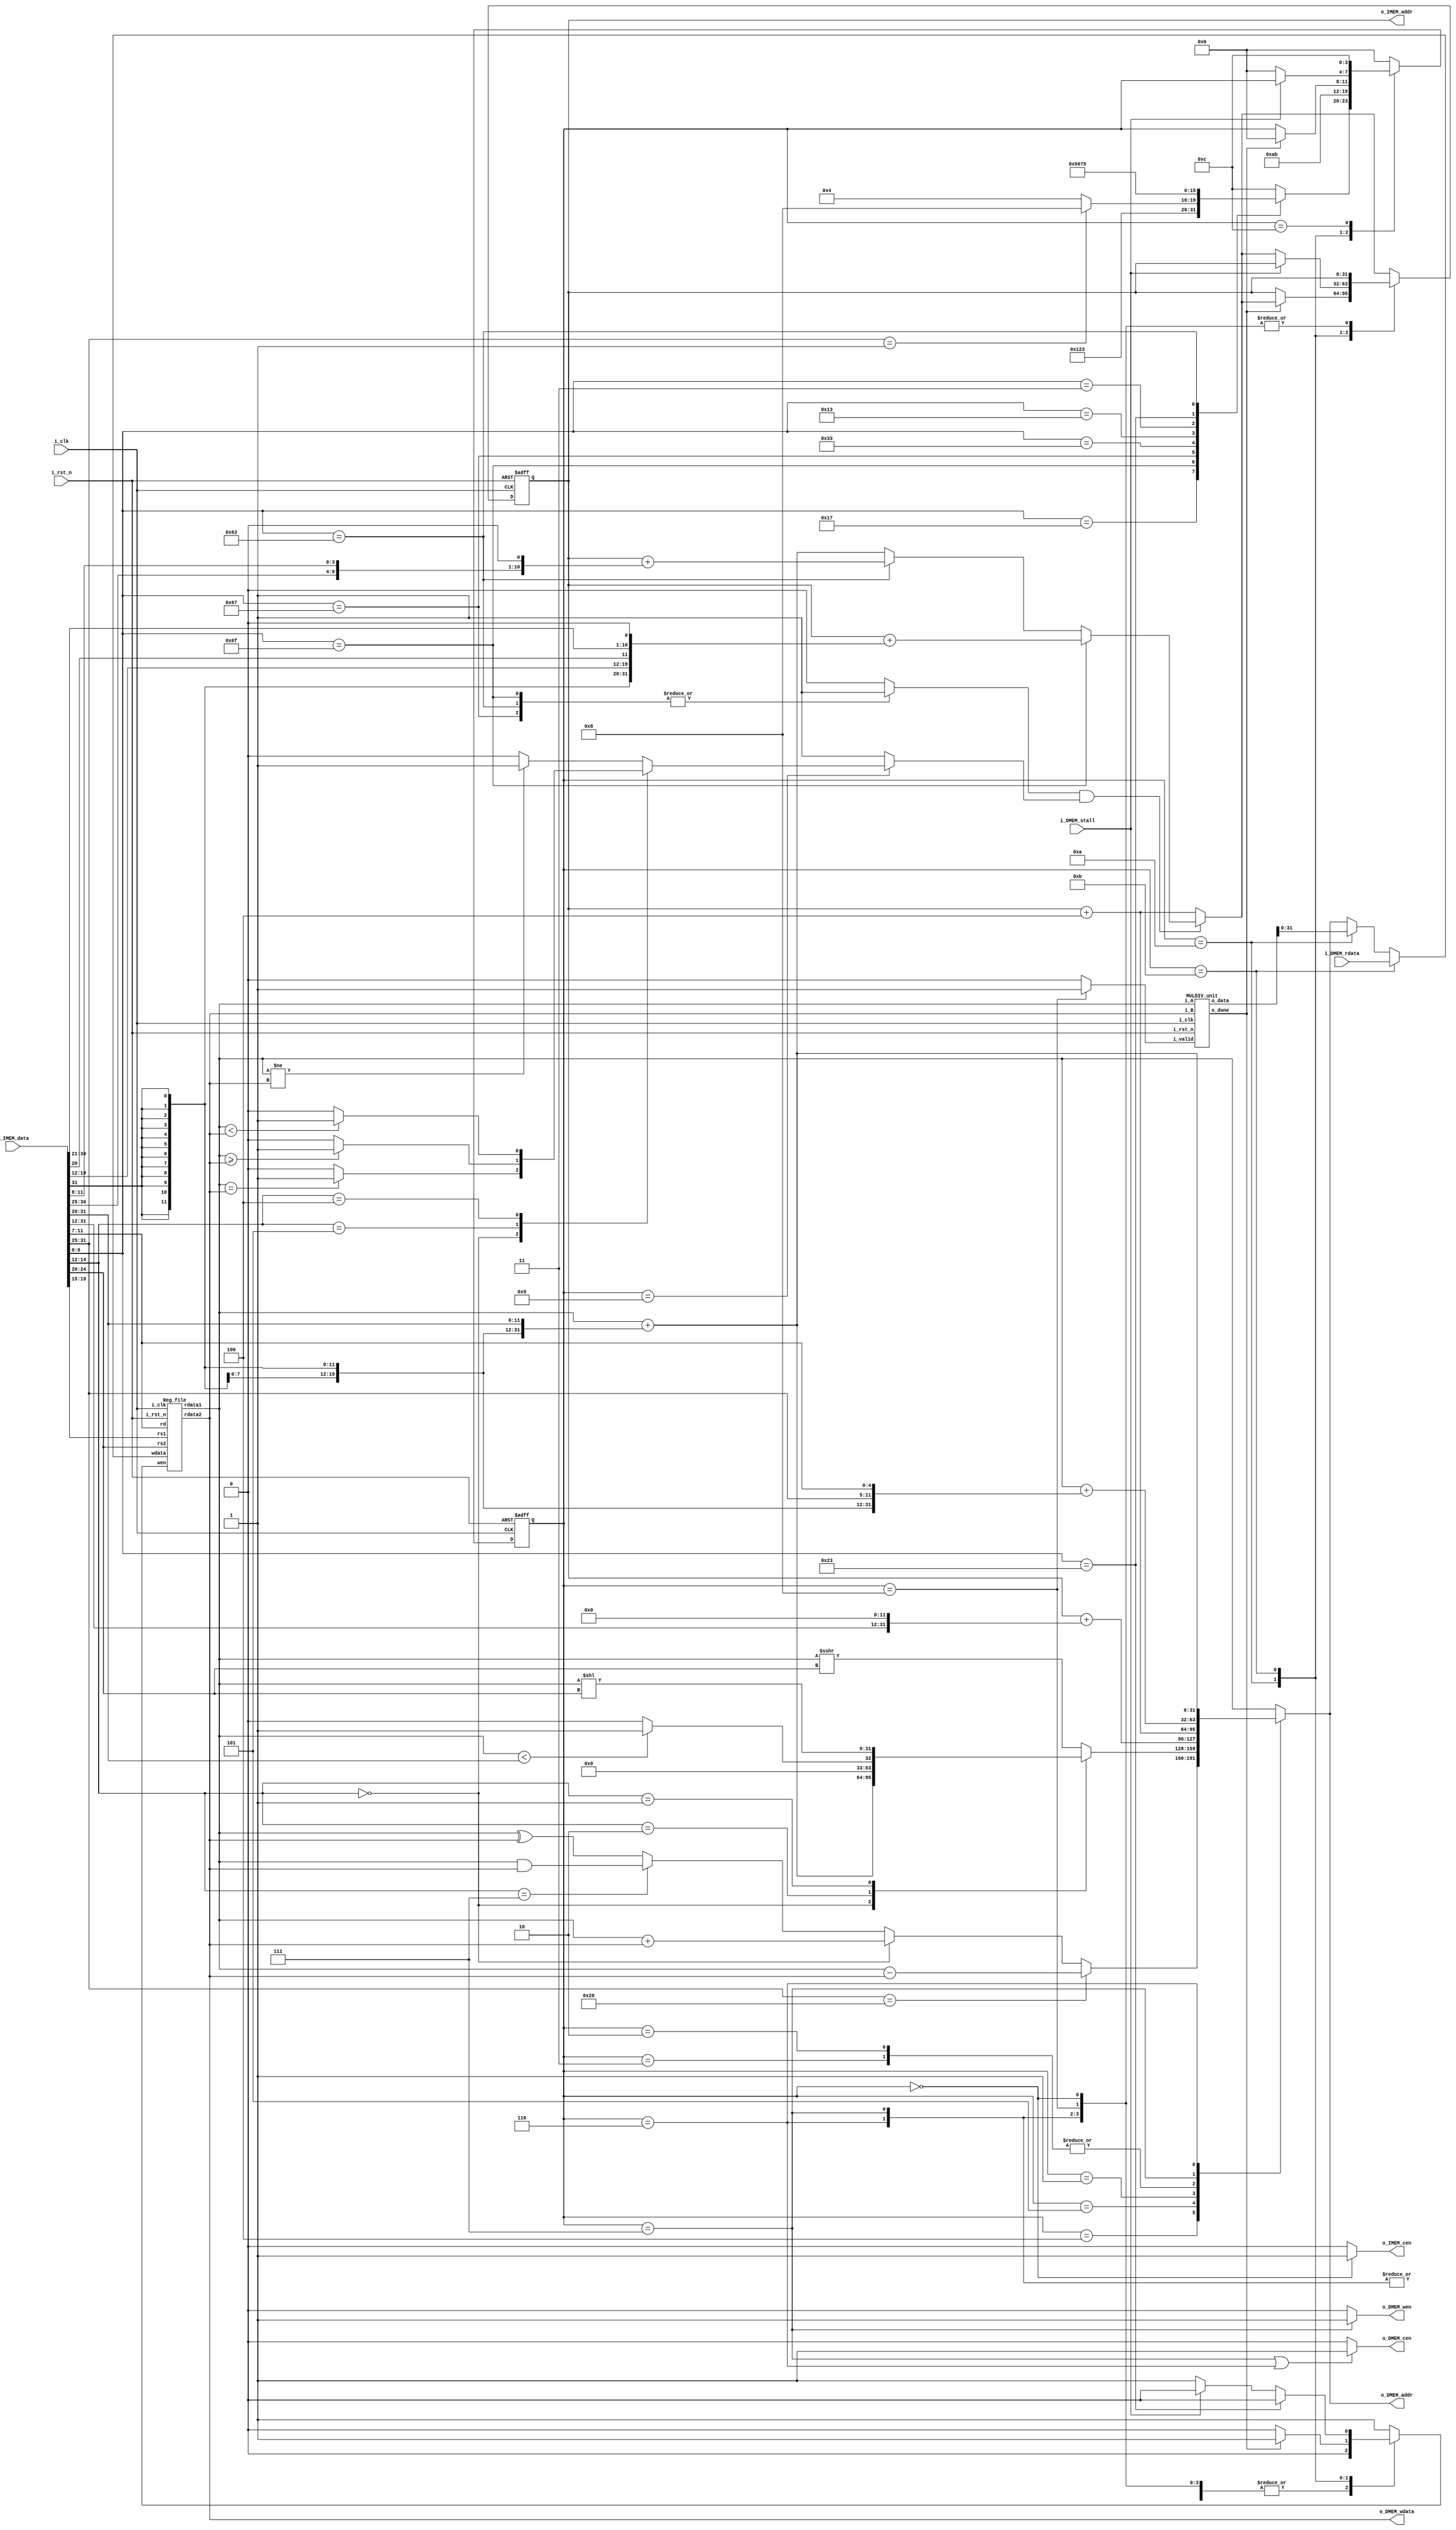
//----------------------------- DO NOT MODIFY THE I/O INTERFACE!! ------------------------------//M_stall
module CHIP #(                                                                                  //
    parameter BIT_W = 32                                                                        //
)(                                                                                              //
    // clock                                                                                    //
        input               i_clk,                                                              //
        input               i_rst_n,                                                            //
    // instruction memory                                                                       //
        input  [BIT_W-1:0]  i_IMEM_data,                                                        //
        output [BIT_W-1:0]  o_IMEM_addr,                                                        //
        output              o_IMEM_cen,                                                         //
    // data memory                                                                              //
        input               i_DMEM_stall,                                                       //
        input  [BIT_W-1:0]  i_DMEM_rdata,                                                       //
        output              o_DMEM_cen,                                                         //
        output              o_DMEM_wen,                                                         //
        output [BIT_W-1:0]  o_DMEM_addr,                                                        //
        output [BIT_W-1:0]  o_DMEM_wdata                                                        //
);                                                                                              //
//----------------------------- DO NOT MODIFY THE I/O INTERFACE!! ------------------------------//

// ------------------------------------------------------------------------------------------------------------------------------------------------------
// Parameters
// ------------------------------------------------------------------------------------------------------------------------------------------------------

    // TODO: any declaration
    parameter S_IDLE = 4'd0;
    parameter S_AUPIC = 4'd1;
    parameter S_JAL = 4'd2;
    parameter S_JALR = 4'd3;
    parameter S_ADD = 4'd4;
    parameter S_ADDI = 4'd5;
    parameter S_LW  = 4'd6;
    parameter S_SW  = 4'd7;
    parameter S_MUL = 4'd8;
    parameter S_BEQ = 4'd9;
    parameter S_WAIT_MUL = 4'd10;
    parameter S_WAIT_MEM = 4'd11;
    parameter S_NOP = 4'd12;
    
// ------------------------------------------------------------------------------------------------------------------------------------------------------
// Wires and Registers
// ------------------------------------------------------------------------------------------------------------------------------------------------------
    
    // TODO: any declaration
        reg [BIT_W-1:0] PC, next_PC, PC_imm;
        reg [3:0] state, next_state;        
        reg [BIT_W-1:0] ALU_out;
        reg Zero, Branch, Regwrite;
     
        wire o_done, i_valid;
        wire [64-1:0] o_data;
        wire [BIT_W-1:0] rdata1, rdata2;
        wire wen;
        wire [BIT_W-1:0] wdata;
        wire [4:0] rs1, rs2, rd;
        

// ------------------------------------------------------------------------------------------------------------------------------------------------------
// Continuous Assignment
// ------------------------------------------------------------------------------------------------------------------------------------------------------

    // TODO: any wire assignment
        assign o_IMEM_addr = PC;
        assign o_IMEM_cen = (state == S_IDLE) ? 1'b1 : 1'b0;
        assign i_valid = (state == S_MUL) ? 1'b1 : 1'b0;
        assign o_DMEM_cen = ((state == S_SW)||(state == S_LW)) ? 1'b1 : 1'b0;
        assign o_DMEM_wen = (state == S_SW) ? 1'b1 : 1'b0;
        assign o_DMEM_wdata = rdata2;
        assign o_DMEM_addr = ALU_out;
        assign wen = Regwrite;
        assign wdata = (state == S_WAIT_MEM) ? i_DMEM_rdata : (state == S_WAIT_MUL) ? o_data[31:0] : ALU_out;
        assign rs1 = i_IMEM_data[19:15];
        assign rs2 = i_IMEM_data[24:20];
        assign rd = i_IMEM_data[11:7];
// ------------------------------------------------------------------------------------------------------------------------------------------------------
// Submoddules
// ------------------------------------------------------------------------------------------------------------------------------------------------------

    // TODO: Reg_file wire connection
    Reg_file reg0(               
        .i_clk  (i_clk),             
        .i_rst_n(i_rst_n),         
        .wen    (wen),          
        .rs1    (rs1),                
        .rs2    (rs2),                
        .rd     (rd),                 
        .wdata  (wdata),             
        .rdata1 (rdata1),           
        .rdata2 (rdata2)
    );
    MULDIV_unit mul0(
        .i_clk  (i_clk),             
        .i_rst_n(i_rst_n), 
        .i_valid(i_valid),
        .i_A(rdata1),
        .i_B(rdata2),
        .o_data(o_data),
        .o_done(o_done)

    );

// ------------------------------------------------------------------------------------------------------------------------------------------------------
// Always Blocks
// ------------------------------------------------------------------------------------------------------------------------------------------------------
    
    // Todo: any combinational/sequential circuit

    //Branch
    always @(*) begin
        case (i_IMEM_data[6:0])
            7'b1101111, 7'b1100111, 7'b1100011: Branch = 1'b1;
            default: Branch = 1'b0;
        endcase
    end
    //Zero
    always @(*) begin
        if (state == S_BEQ) begin
            case (i_IMEM_data[14:12])
                3'b000: Zero = (rdata1 == rdata2) ? 1'b1 : 1'b0;//BEQ
                3'b101: Zero = ($signed(rdata1) >= $signed(rdata2)) ? 1'b1 : 1'b0;//BGE
                3'b100: Zero = ($signed(rdata1) < $signed(rdata2)) ? 1'b1 : 1'b0;//BLT
                default: Zero = ($signed(rdata1) != $signed(rdata2)) ? 1'b1 : 1'b0;//BNE
            endcase
        end
        else
            Zero = 1'b1; 
    end

    //PC_imm
    always @(*) begin
        if(i_IMEM_data[6:0] ==  7'b1101111) //JAL
            PC_imm = PC + {{11{i_IMEM_data[31]}},{i_IMEM_data[31],i_IMEM_data[19:12],i_IMEM_data[20],i_IMEM_data[30:21],1'b0}};
        else if(i_IMEM_data[6:0] ==  7'b1100011) //BEQ
            PC_imm = PC + {{19{i_IMEM_data[31]}},{i_IMEM_data[31],i_IMEM_data[7],i_IMEM_data[30:25],i_IMEM_data[11:8],1'b0}};       
        else //JALR
            PC_imm = rdata1 + {{20{i_IMEM_data[31]}},{i_IMEM_data[31:20]}};

    end

    //next_PC
    always @(*) begin
        case (state)
            S_WAIT_MUL: begin
                if(o_done)
                    next_PC = (Branch & Zero) ? PC_imm : (PC + 32'd4);
                else
                    next_PC = PC;
            end
            S_WAIT_MEM: begin
                if(i_DMEM_stall)
                    next_PC = PC;
                else
                    next_PC = (Branch & Zero) ? PC_imm : (PC + 32'd4);
            end
            S_IDLE, S_MUL, S_LW, S_SW: next_PC = PC;
            default: next_PC = (Branch & Zero) ? PC_imm : (PC + 32'd4);
        endcase     
    end

    //ALU_out
    always @(*) begin
        case (state)
            S_ADD: begin
                if(i_IMEM_data[31:25] == 7'b0100000)//SUB
                    ALU_out = rdata1 - rdata2;
                else begin
                    if(i_IMEM_data[14:12] == 3'b000)//ADD
                        ALU_out = rdata1 + rdata2;
                    else if(i_IMEM_data[14:12] == 3'b111)//AND
                        ALU_out = rdata1 & rdata2;
                    else//XOR
                        ALU_out = rdata1 ^ rdata2;
                end
            end
            S_ADDI: begin
                case (i_IMEM_data[14:12])
                    3'b000:  ALU_out = rdata1 + {{20{i_IMEM_data[31]}},i_IMEM_data[31:20]};//ADDI
                    3'b010:  ALU_out = ($signed(rdata1) < $signed({{20{i_IMEM_data[31]}},i_IMEM_data[31:20]})) ? 1 : 0 ;//SLTI
                    3'b001:  ALU_out = rdata1 << i_IMEM_data[24:20];//SLLI
                    default: ALU_out = $signed(rdata1) >>> i_IMEM_data[24:20];//SRAI
                endcase
            end
            S_AUPIC: ALU_out = PC + {i_IMEM_data[31:12],12'b0};
            S_JAL, S_JALR: ALU_out = PC + 32'd4;
            S_SW: ALU_out = rdata1 +  {{20{i_IMEM_data[31]}},{i_IMEM_data[31:25],i_IMEM_data[11:7]}};
            S_LW: ALU_out = rdata1 +  {{20{i_IMEM_data[31]}},i_IMEM_data[31:20]};
            default: ALU_out = rdata1;
        endcase
    end

    //Regwrite
    always @(*) begin
        case (state)
            S_IDLE,S_LW, S_SW, S_NOP, S_BEQ, S_MUL: Regwrite = 1'b0;
            S_WAIT_MUL: Regwrite = o_done ? 1'b1 : 1'b0;
            S_WAIT_MEM: Regwrite = (i_IMEM_data[6:0] == 7'b0100011) ? 1'b0 : i_DMEM_stall ? 1'b0 : 1'b1;
            default: Regwrite = 1'b1;
        endcase
    end

    //FSM
    always @(*) begin
        case (state)
            S_IDLE: begin
                case (i_IMEM_data[6:0])
                    7'b0010111: next_state = S_AUPIC;
                    7'b1101111: next_state = S_JAL;
                    7'b1100111: next_state = S_JALR;                    
                    7'b0110011: next_state = (i_IMEM_data[31:25] == 7'b0000001)? S_MUL : S_ADD;
                    7'b0010011: next_state = S_ADDI;
                    7'b0000011: next_state = S_LW;
                    7'b0100011: next_state = S_SW;
                    7'b1100011: next_state = S_BEQ;
                    default: next_state = S_NOP;
                endcase
            end
            S_MUL: next_state = S_WAIT_MUL;
            S_SW, S_LW: next_state = S_WAIT_MEM;
            S_WAIT_MUL: next_state = o_done ? S_IDLE : state;
            S_WAIT_MEM: next_state = i_DMEM_stall ? state : S_IDLE;
            S_NOP: next_state = S_NOP;
            default: next_state = S_IDLE;
        endcase
        
    end
    //CS
    always @(posedge i_clk or negedge i_rst_n) begin
        if (!i_rst_n) begin
            PC <= 32'h00010000; // Do not modify this value!!!
            state <= S_IDLE;
        end
        else begin
            PC <= next_PC;
            state <= next_state;            
        end
    end
endmodule

module Reg_file(i_clk, i_rst_n, wen, rs1, rs2, rd, wdata, rdata1, rdata2);
   
    parameter BITS = 32;
    parameter word_depth = 32;
    parameter addr_width = 5; // 2^addr_width >= word_depth
    
    input i_clk, i_rst_n, wen; // wen: 0:read | 1:write
    input [BITS-1:0] wdata;
    input [addr_width-1:0] rs1, rs2, rd;

    output [BITS-1:0] rdata1, rdata2;

    reg [BITS-1:0] mem [0:word_depth-1];
    reg [BITS-1:0] mem_nxt [0:word_depth-1];

    integer i;

    assign rdata1 = mem[rs1];
    assign rdata2 = mem[rs2];

    always @(*) begin
        for (i=0; i<word_depth; i=i+1)
            mem_nxt[i] = (wen && (rd == i)) ? wdata : mem[i];
    end

    always @(posedge i_clk or negedge i_rst_n) begin
        if (!i_rst_n) begin
            mem[0] <= 0;
            for (i=1; i<word_depth; i=i+1) begin
                case(i)
                    32'd2: mem[i] <= 32'hbffffff0;
                    32'd3: mem[i] <= 32'h10008000;
                    default: mem[i] <= 32'h0;
                endcase
            end
        end
        else begin
            mem[0] <= 0;
            for (i=1; i<word_depth; i=i+1)
                mem[i] <= mem_nxt[i];
        end       
    end
endmodule

module MULDIV_unit #(
    parameter DATA_W = 32
)
(
    input                       i_clk,
    input                       i_rst_n,

    input                       i_valid,
    input [DATA_W - 1 : 0]      i_A,
    input [DATA_W - 1 : 0]      i_B,

    output [2*DATA_W - 1 : 0]   o_data,
    output                      o_done
);
// Do not Modify the above part !!!

// Parameters
    // Definition of states
    parameter S_IDLE = 4'd0;
    parameter S_MUL = 4'd7;
    parameter S_OUT = 4'd9;

// Wires & Regs
    // Todo
    reg  [3:0] state, next_state;
    reg  [5:0] counter, counter_next;
    reg  [63:0] shift_reg, shift_reg_next;
    reg  [31:0] operand_reg, operand_reg_next;
    reg  [32:0] alu_out;
    reg  done;
// Wire Assignments
    // Todo
    assign o_data = shift_reg;
    assign o_done = done;
// Always Combination
    // Todo: FSM
        always @(*) begin
            case(state)
                S_IDLE  :
                    if(!i_valid)
                        next_state = state;
                    else 
                        next_state = S_MUL;
                S_MUL   : begin
                    if(counter == 31)
                        next_state = S_OUT;
                    else
                        next_state = state;
                end
                S_OUT   : next_state = S_IDLE;
                default : next_state = state;
            endcase
        end
    // Todo: Counter
        always @(*) begin
            if(state == S_MUL)
                counter_next <= counter + 5'd1;
            else
                counter_next <= 5'd0;
        end
    // alu_in
        always @(*) begin
            case(state)
                S_IDLE: begin
                    if(i_valid) operand_reg_next = i_B;
                    else operand_reg_next = operand_reg;
                end
                default: operand_reg_next = operand_reg;
            endcase            
        end
    // Todo: ALU output
        always @(*) begin
            case(state)
                S_MUL: begin
                    if(shift_reg[0] == 1'b1)
                        alu_out = operand_reg[31:0] + shift_reg[63:32];
                    else 
                        alu_out = shift_reg[63:32];
                end
                default: alu_out = 32'd0;
            endcase
        end
    // Todo: Shift register
        always @(*) begin
            case (state)
                S_IDLE: begin
                    if(i_valid) shift_reg_next = {32'd0,i_A[31:0]};
                    else shift_reg_next = shift_reg;
                end 
                S_MUL: begin
                    shift_reg_next = ({alu_out[32:0],shift_reg[31:0]}>>1);
                end
                S_OUT: shift_reg_next = shift_reg;
                default: shift_reg_next = {32'd0,alu_out[31:0]};
            endcase
        end
    // done
        always @(*) begin
            if(state == S_OUT) done = 1'b1;
            else done = 1'b0;
        end
    // Todo: Sequential always block
    always @(posedge i_clk or negedge i_rst_n) begin
        if (!i_rst_n) begin
            state <= S_IDLE;
            shift_reg <= 64'd0;
            
        end
        else begin
            state <= next_state;
            operand_reg <= operand_reg_next;
            shift_reg <= shift_reg_next;
            counter <= counter_next;
        end
    end

endmodule

module Cache#(
        parameter BIT_W = 32,
        parameter ADDR_W = 32
    )(
        input i_clk,
        input i_rst_n,
        // processor interface
            input i_proc_cen,
            input i_proc_wen,
            input [ADDR_W-1:0] i_proc_addr,
            input [BIT_W-1:0]  i_proc_wdata,
            output [BIT_W-1:0] o_proc_rdata,
            output o_proc_stall,
        // memory interface
            output o_mem_cen,
            output o_mem_wen,
            output [ADDR_W-1:0] o_mem_addr,
            output [BIT_W-1:0]  o_mem_wdata,
            input [BIT_W-1:0] i_mem_rdata,
            input i_mem_stall
    );

    //---------------------------------------//
    //          default connection           //
        reg [1:0] state, nxt_state;
        reg [55:0] sram [0:127];     // 1 bit valid, 23 bits Tag, 32 bits data
        reg [55:0] sram_tem;
        reg [31:0] read_hit_data;
        reg [22:0] tag_prev;
        reg [6:0] index_prev;
        reg read_hit;

        wire [31:0] read_hit_data_nxt;
        wire [22:0] tag;
        wire [6:0] index;
        wire hit, write_bit, read_bit;
        wire read_hit_nxt;

        integer i;

        assign tag = (state == 1'd0) ? i_proc_addr[31:9] : tag_prev;
        assign index = (state == 1'd0) ? i_proc_addr[8:2] : index_prev;
        assign hit = sram[index][55] & (sram[index][54:32] == tag);
        assign o_mem_addr = i_proc_addr;
        assign o_mem_wdata = i_proc_wdata;
        assign o_proc_rdata = read_hit ? read_hit_data : i_mem_rdata;
        // assign o_proc_rdata = i_mem_rdata;
        assign o_proc_stall = i_mem_stall;
        assign write_bit = i_proc_wen & i_proc_cen;
        assign read_bit = i_proc_cen & !i_proc_wen;
        assign o_mem_wen = write_bit;
        assign o_mem_cen = (read_bit & !hit) | write_bit;
        assign read_hit_nxt = (hit & read_bit);
        assign read_hit_data_nxt = sram[index][31:0];


    //---------------------------------------//
    //             states                    //

    // 2'd0 = IDLE, 2'd1 = READ, 2'd2 = WRITE

    always @(posedge i_clk or negedge i_rst_n) begin
        if(!i_rst_n)
            state <= 2'b0;
        else
            state <= nxt_state;
    end

    always @(*) begin
        case(state)
            2'd0 : begin
                if(i_proc_cen & !i_proc_wen & !hit)
                    nxt_state = 2'd1;
                else if(i_proc_cen & i_proc_wen )
                    nxt_state = 2'd2;
                else
                    nxt_state = 2'd0;
            end
            2'd1 : nxt_state = i_mem_stall ? 2'd1 : 2'd0;
            2'd2 : nxt_state = i_mem_stall ? 2'd2 : 2'd0;
            default : nxt_state = 2'd0;
        endcase
    end

    always @(*) begin
        sram_tem = 56'b0;
        if(state == 2'd1 & !i_mem_stall) begin
            sram_tem = {1'b1, tag, i_mem_rdata};
        end
        else if(state == 2'd0 & write_bit) begin
            sram_tem = {1'b1, tag, i_proc_wdata};
        end
    end

    always @(posedge i_clk or negedge i_rst_n) begin
        if(!i_rst_n)
            read_hit <= 1'b0;
        else
            read_hit <= read_hit_nxt;
    end

    always @(posedge i_clk or negedge i_rst_n) begin
        if(!i_rst_n)
            read_hit_data <= 32'b0;
        else
            read_hit_data <= read_hit_data_nxt;
    end

    always @(posedge i_clk or negedge i_rst_n) begin
        if(!i_rst_n) begin
            tag_prev <= 23'b0;
            index_prev <= 7'b0;
        end
        else begin
            tag_prev <= tag;
            index_prev <= index;
        end
    end

    //---------------------------------------//

    always @(posedge i_clk or negedge i_rst_n) begin
        if (!i_rst_n) begin
            for (i = 0; i < 128; i = i + 1) begin
                sram[i] <= 56'b0;
            end
        end
        else if(state == 2'd1 & !i_mem_stall) begin
            sram[index] <= sram_tem;
        end
        else if(state == 2'd0 & write_bit) begin
            sram[index] <= sram_tem;
        end
    end
    // Todo: BONUS
endmodule